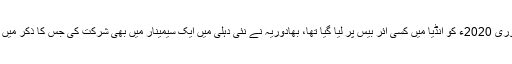
اس انٹرویو کے علاوہ جو 26فروری 2020ء کو انڈیا میں کسی ائر بیس پر لیا گیا تھا، بھادوریہ نے نئی دہلی میں ایک سیمینار میں بھی شرکت کی جس کا ذکر میں نے گزشتہ قسط میں بھی کیا تھا۔